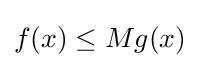
f(x)\leq Mg(x)